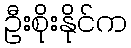
ဦးစိုးနိုင်က